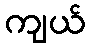
ကျယ်